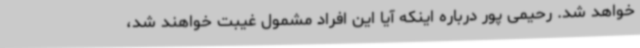
خواهد شد. رحیمی پور درباره اینکه آیا این افراد مشمول غیبت خواهند شد،